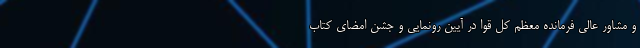
و مشاور عالی فرمانده معظم کل قوا در آیین رونمایی و جشن امضای کتاب